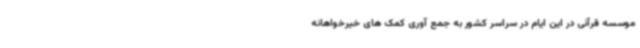
موسسه قرآنی در این ایام در سراسر کشور به جمع آوری کمک های خیرخواهانه